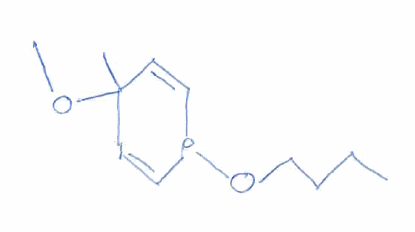
Simplified molecular-input line-entry system (SMILES) notation of the given molecule:
CCCCOP1C=CC(C=C1)(C)OC